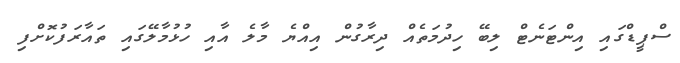
ސްޕީޑްގައި އިންޓަނެޓް ލިބޭ ހިދުމަތެއް ދިރާގުން އިއްޔެ މާލެ އާއި ހުޅުމާލޭގައި ތައާރަފުކޮށްފި